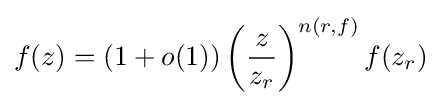
f(z)=(1+o(1))\left({\frac {z}{z_{r}}}\right)^{n(r,f)}f(z_{r})